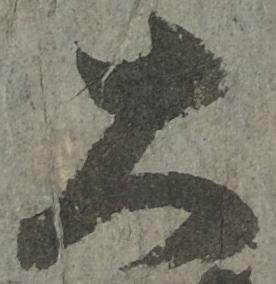
大